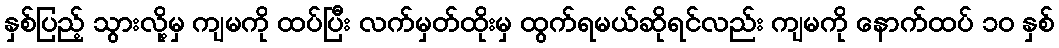
နှစ်ပြည့် သွားလို့မှ ကျမကို ထပ်ပြီး လက်မှတ်ထိုးမှ ထွက်ရမယ်ဆိုရင်လည်း ကျမကို နောက်ထပ် ၁ဝ နှစ်